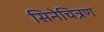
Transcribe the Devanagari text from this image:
सिनेचित्रण